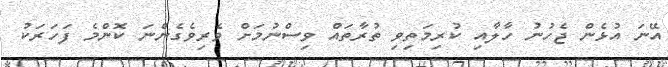
އޭނަ އުޅެން ޖެހުނު ހާލާއި ކުރިމަތިިވި ތުރާތައް ވިސްނުމަށް ވެރިވެގެންނަ ކޮންމެ ފަހަރަކު